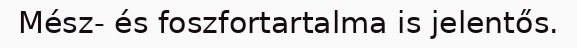
Mész- és foszfortartalma is jelentős.